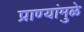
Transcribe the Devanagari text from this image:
प्राण्यांमुळे